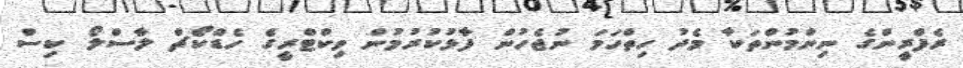
ރެފްރީންގެ ނިންމުންތަކާ މެދު ހިތްހަމަ ނުޖެހުން ފާޅުކުރުމުން ވިކްޓްރީގެ ހެޑްކޯޗް ލާސްލޯ ކިސް